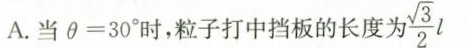
A.当 $$\theta = 30°$$时，粒子打中挡板的长度为 \frac{\sqrt{3}}{2}l